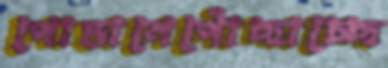
পোড়ানেপোঁছাচ্ছে